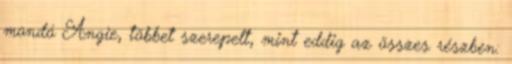
mondó Angie, többet szerepelt, mint eddig az összes részben: